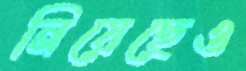
নিয়েছেও